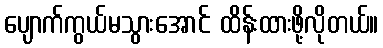
ပျောက်ကွယ်မသွားအောင် ထိန်းထားဖို့လိုတယ်။